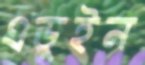
এডুইন